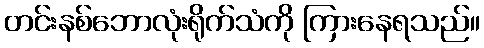
တင်းနစ်ဘောလုံးရိုက်သံကို ကြားနေရသည်။